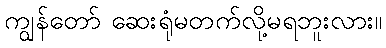
ကျွန်တော် ဆေးရုံမတက်လို့မရဘူးလား။